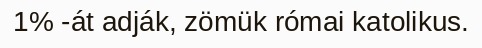
1% -át adják, zömük római katolikus.